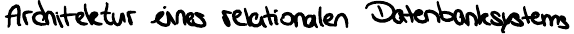
Architektur eines relationalen Datenbanksystems